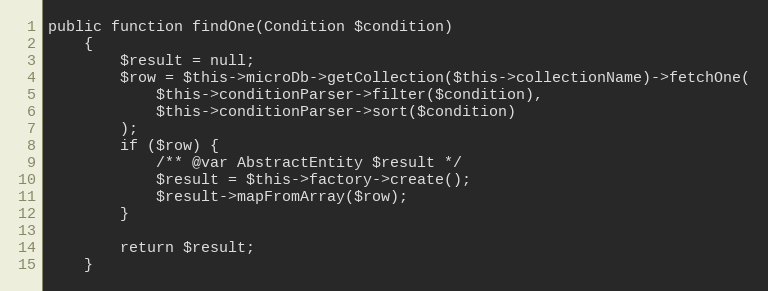
Language: PHP
public function findOne(Condition $condition)
    {
        $result = null;
        $row = $this->microDb->getCollection($this->collectionName)->fetchOne(
            $this->conditionParser->filter($condition),
            $this->conditionParser->sort($condition)
        );
        if ($row) {
            /** @var AbstractEntity $result */
            $result = $this->factory->create();
            $result->mapFromArray($row);
        }

        return $result;
    }